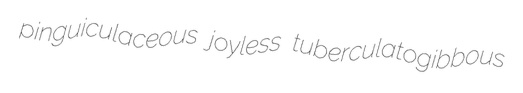
pinguiculaceous joyless tuberculatogibbous